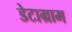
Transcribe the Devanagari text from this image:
डेटाग्राम